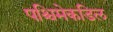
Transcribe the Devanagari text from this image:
पश्चिमेकडिल